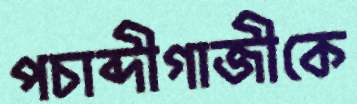
পচাব্দীগাজীকে